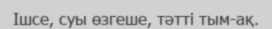
Ішсе, суы өзгеше, тәтті тым-ақ.